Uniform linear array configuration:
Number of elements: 16
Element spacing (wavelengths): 0.25
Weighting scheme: uniform
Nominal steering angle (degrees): -30
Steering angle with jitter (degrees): -29.668
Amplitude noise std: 0.05
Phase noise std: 0.05

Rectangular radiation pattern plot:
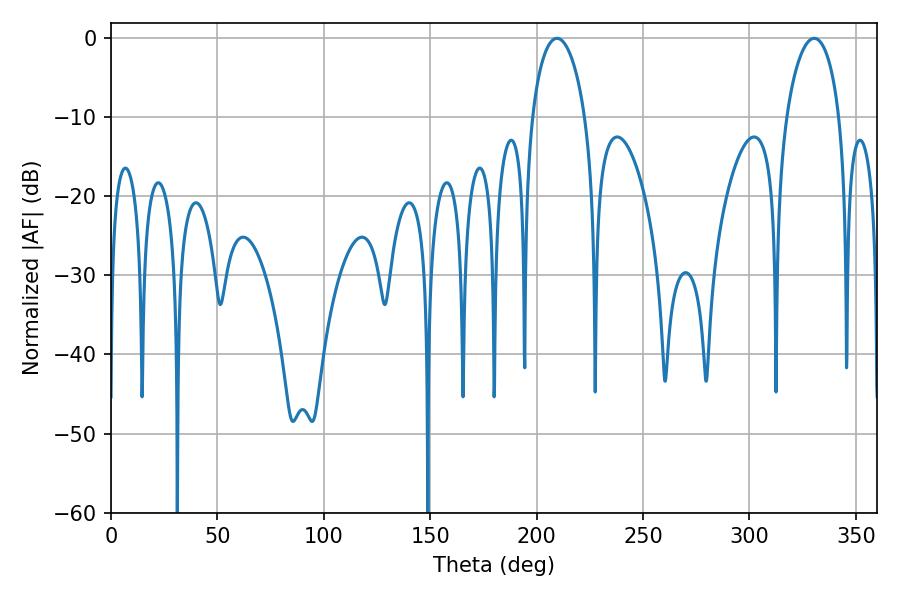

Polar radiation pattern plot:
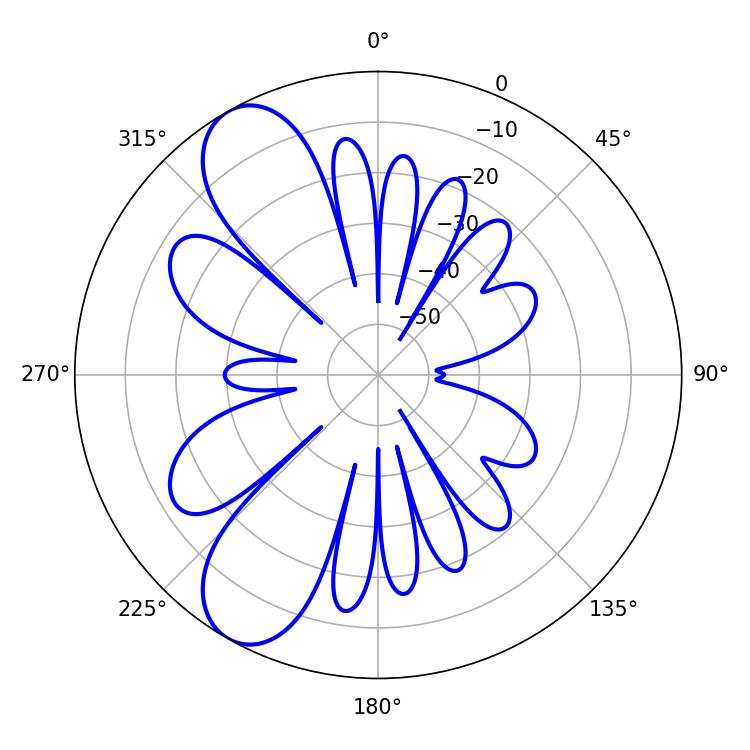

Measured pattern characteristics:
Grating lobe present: FALSE
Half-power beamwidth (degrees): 14.22
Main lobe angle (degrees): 209.52